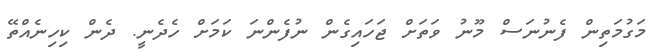
މަގުމަތިން ފެނުނަސް މޫނު ވަތަށް ޖަހައިގެން ނުފެންނަ ކަމަށް ހެދެނީ. ދެން ކިހިނެއްތޭ